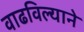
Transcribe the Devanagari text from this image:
वाढविल्याने